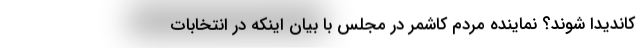
کاندیدا شوند؟ نماینده مردم‌ کاشمر در مجلس با بیان اینکه در انتخابات